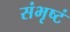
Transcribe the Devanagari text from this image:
संभृष्टं